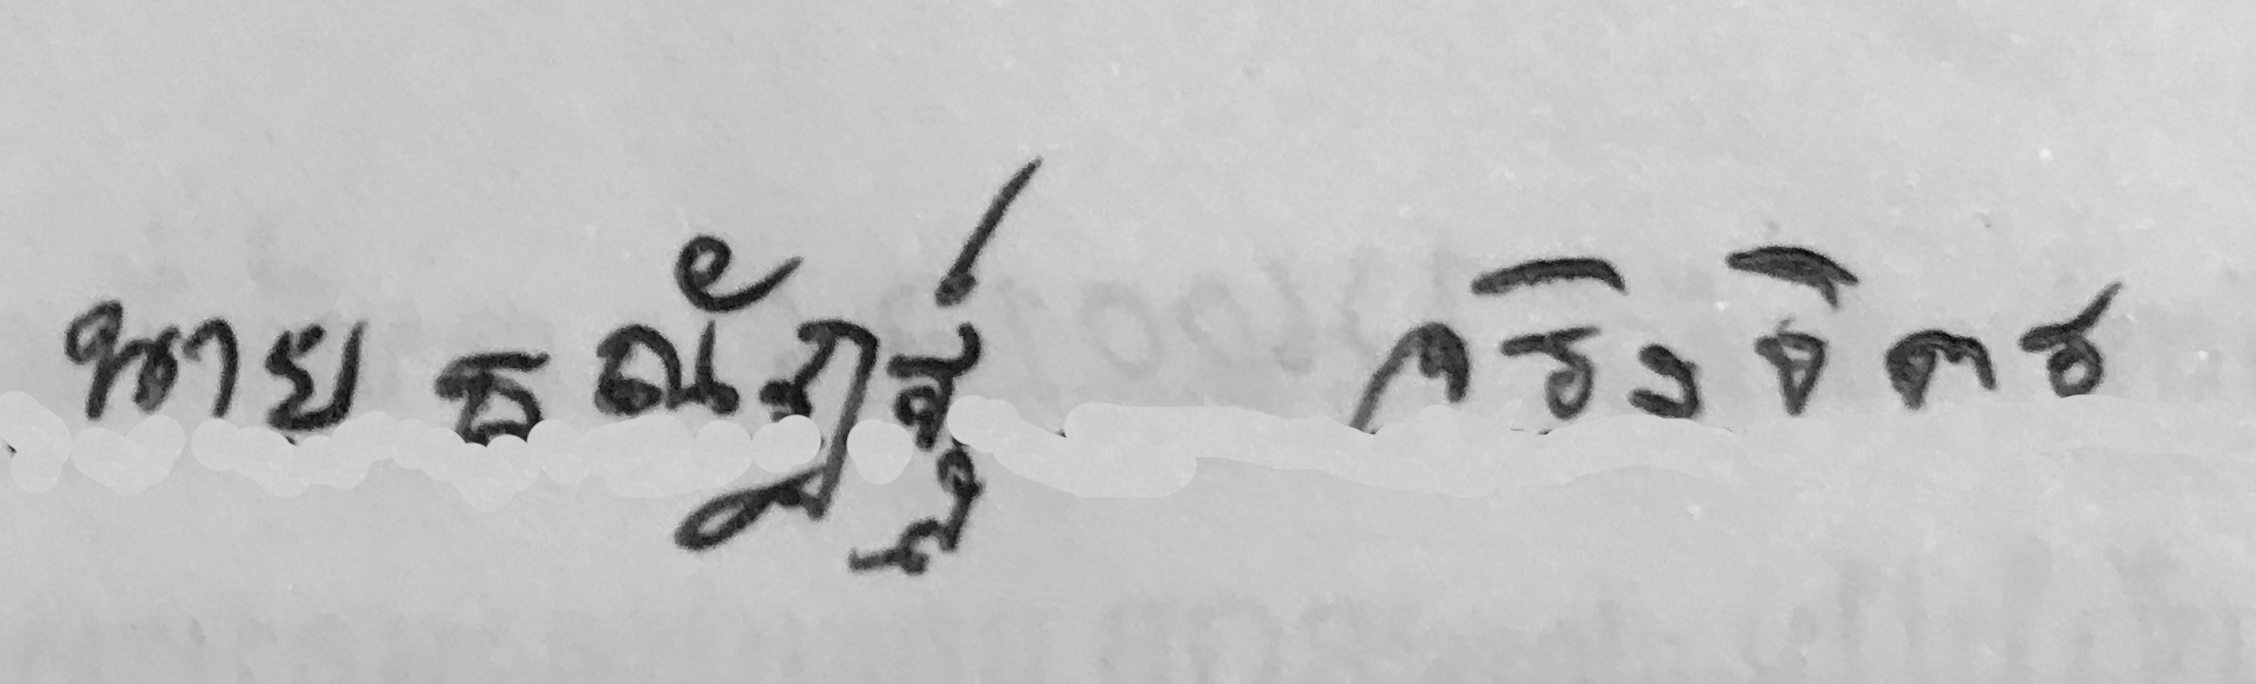
ธณัฎฐ์ จริงจิตร